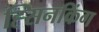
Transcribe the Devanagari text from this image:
ह्सिनकिंग